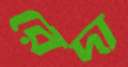
রেঁদা